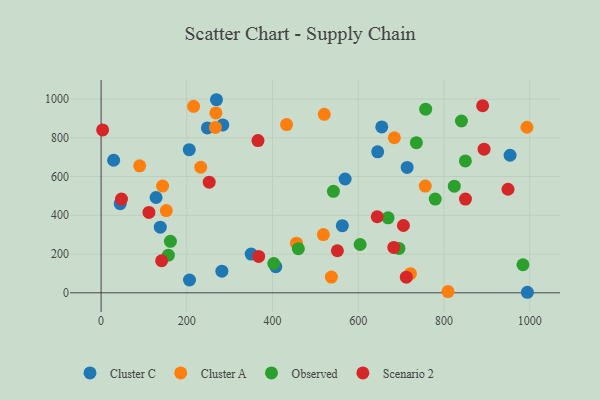
{"axis": {"x": "Experience", "y": "Yield"}, "legend": ["Cluster A", "Cluster C", "Observed", "Scenario 2"], "data": [{"x": "29.3", "y": 683.9, "type": "Cluster C"}, {"x": "562.9", "y": 346.5, "type": "Cluster C"}, {"x": "714.2", "y": 646.8, "type": "Cluster C"}, {"x": "407.7", "y": 135.0, "type": "Cluster C"}, {"x": "654.9", "y": 855.8, "type": "Cluster C"}, {"x": "284.1", "y": 866.2, "type": "Cluster C"}, {"x": "128.3", "y": 491.8, "type": "Cluster C"}, {"x": "248.0", "y": 850.8, "type": "Cluster C"}, {"x": "645.4", "y": 727.6, "type": "Cluster C"}, {"x": "138.1", "y": 338.6, "type": "Cluster C"}, {"x": "281.9", "y": 111.6, "type": "Cluster C"}, {"x": "350.2", "y": 199.6, "type": "Cluster C"}, {"x": "205.7", "y": 738.8, "type": "Cluster C"}, {"x": "269.2", "y": 996.3, "type": "Cluster C"}, {"x": "954.3", "y": 709.9, "type": "Cluster C"}, {"x": "569.4", "y": 587.3, "type": "Cluster C"}, {"x": "994.7", "y": 2.7, "type": "Cluster C"}, {"x": "206.3", "y": 66.0, "type": "Cluster C"}, {"x": "44.6", "y": 459.7, "type": "Cluster C"}, {"x": "90.0", "y": 655.4, "type": "Cluster A"}, {"x": "809.5", "y": 6.4, "type": "Cluster A"}, {"x": "143.5", "y": 550.9, "type": "Cluster A"}, {"x": "432.8", "y": 868.1, "type": "Cluster A"}, {"x": "232.5", "y": 647.8, "type": "Cluster A"}, {"x": "152.1", "y": 424.5, "type": "Cluster A"}, {"x": "537.4", "y": 81.2, "type": "Cluster A"}, {"x": "266.8", "y": 853.4, "type": "Cluster A"}, {"x": "993.7", "y": 854.2, "type": "Cluster A"}, {"x": "455.9", "y": 256.2, "type": "Cluster A"}, {"x": "684.3", "y": 800.2, "type": "Cluster A"}, {"x": "267.9", "y": 928.4, "type": "Cluster A"}, {"x": "215.9", "y": 962.5, "type": "Cluster A"}, {"x": "518.6", "y": 300.6, "type": "Cluster A"}, {"x": "721.8", "y": 98.6, "type": "Cluster A"}, {"x": "756.4", "y": 550.7, "type": "Cluster A"}, {"x": "520.8", "y": 921.2, "type": "Cluster A"}, {"x": "850.0", "y": 680.4, "type": "Observed"}, {"x": "604.4", "y": 249.2, "type": "Observed"}, {"x": "840.9", "y": 886.4, "type": "Observed"}, {"x": "669.7", "y": 386.7, "type": "Observed"}, {"x": "157.0", "y": 194.1, "type": "Observed"}, {"x": "824.2", "y": 550.3, "type": "Observed"}, {"x": "695.0", "y": 229.0, "type": "Observed"}, {"x": "779.7", "y": 483.4, "type": "Observed"}, {"x": "542.1", "y": 523.4, "type": "Observed"}, {"x": "984.4", "y": 144.7, "type": "Observed"}, {"x": "735.7", "y": 774.8, "type": "Observed"}, {"x": "161.8", "y": 265.6, "type": "Observed"}, {"x": "460.3", "y": 227.8, "type": "Observed"}, {"x": "757.4", "y": 947.3, "type": "Observed"}, {"x": "402.9", "y": 151.3, "type": "Observed"}, {"x": "683.0", "y": 234.2, "type": "Scenario 2"}, {"x": "367.7", "y": 187.6, "type": "Scenario 2"}, {"x": "644.3", "y": 392.5, "type": "Scenario 2"}, {"x": "850.2", "y": 483.7, "type": "Scenario 2"}, {"x": "47.6", "y": 483.6, "type": "Scenario 2"}, {"x": "890.3", "y": 965.1, "type": "Scenario 2"}, {"x": "551.4", "y": 216.9, "type": "Scenario 2"}, {"x": "366.1", "y": 785.6, "type": "Scenario 2"}, {"x": "141.3", "y": 165.5, "type": "Scenario 2"}, {"x": "705.5", "y": 347.2, "type": "Scenario 2"}, {"x": "252.3", "y": 570.7, "type": "Scenario 2"}, {"x": "949.5", "y": 534.3, "type": "Scenario 2"}, {"x": "111.7", "y": 414.8, "type": "Scenario 2"}, {"x": "3.6", "y": 840.6, "type": "Scenario 2"}, {"x": "712.2", "y": 80.7, "type": "Scenario 2"}, {"x": "893.6", "y": 741.0, "type": "Scenario 2"}]}